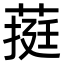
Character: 𮐄